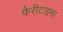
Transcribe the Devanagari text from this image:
फैरीटाइमा